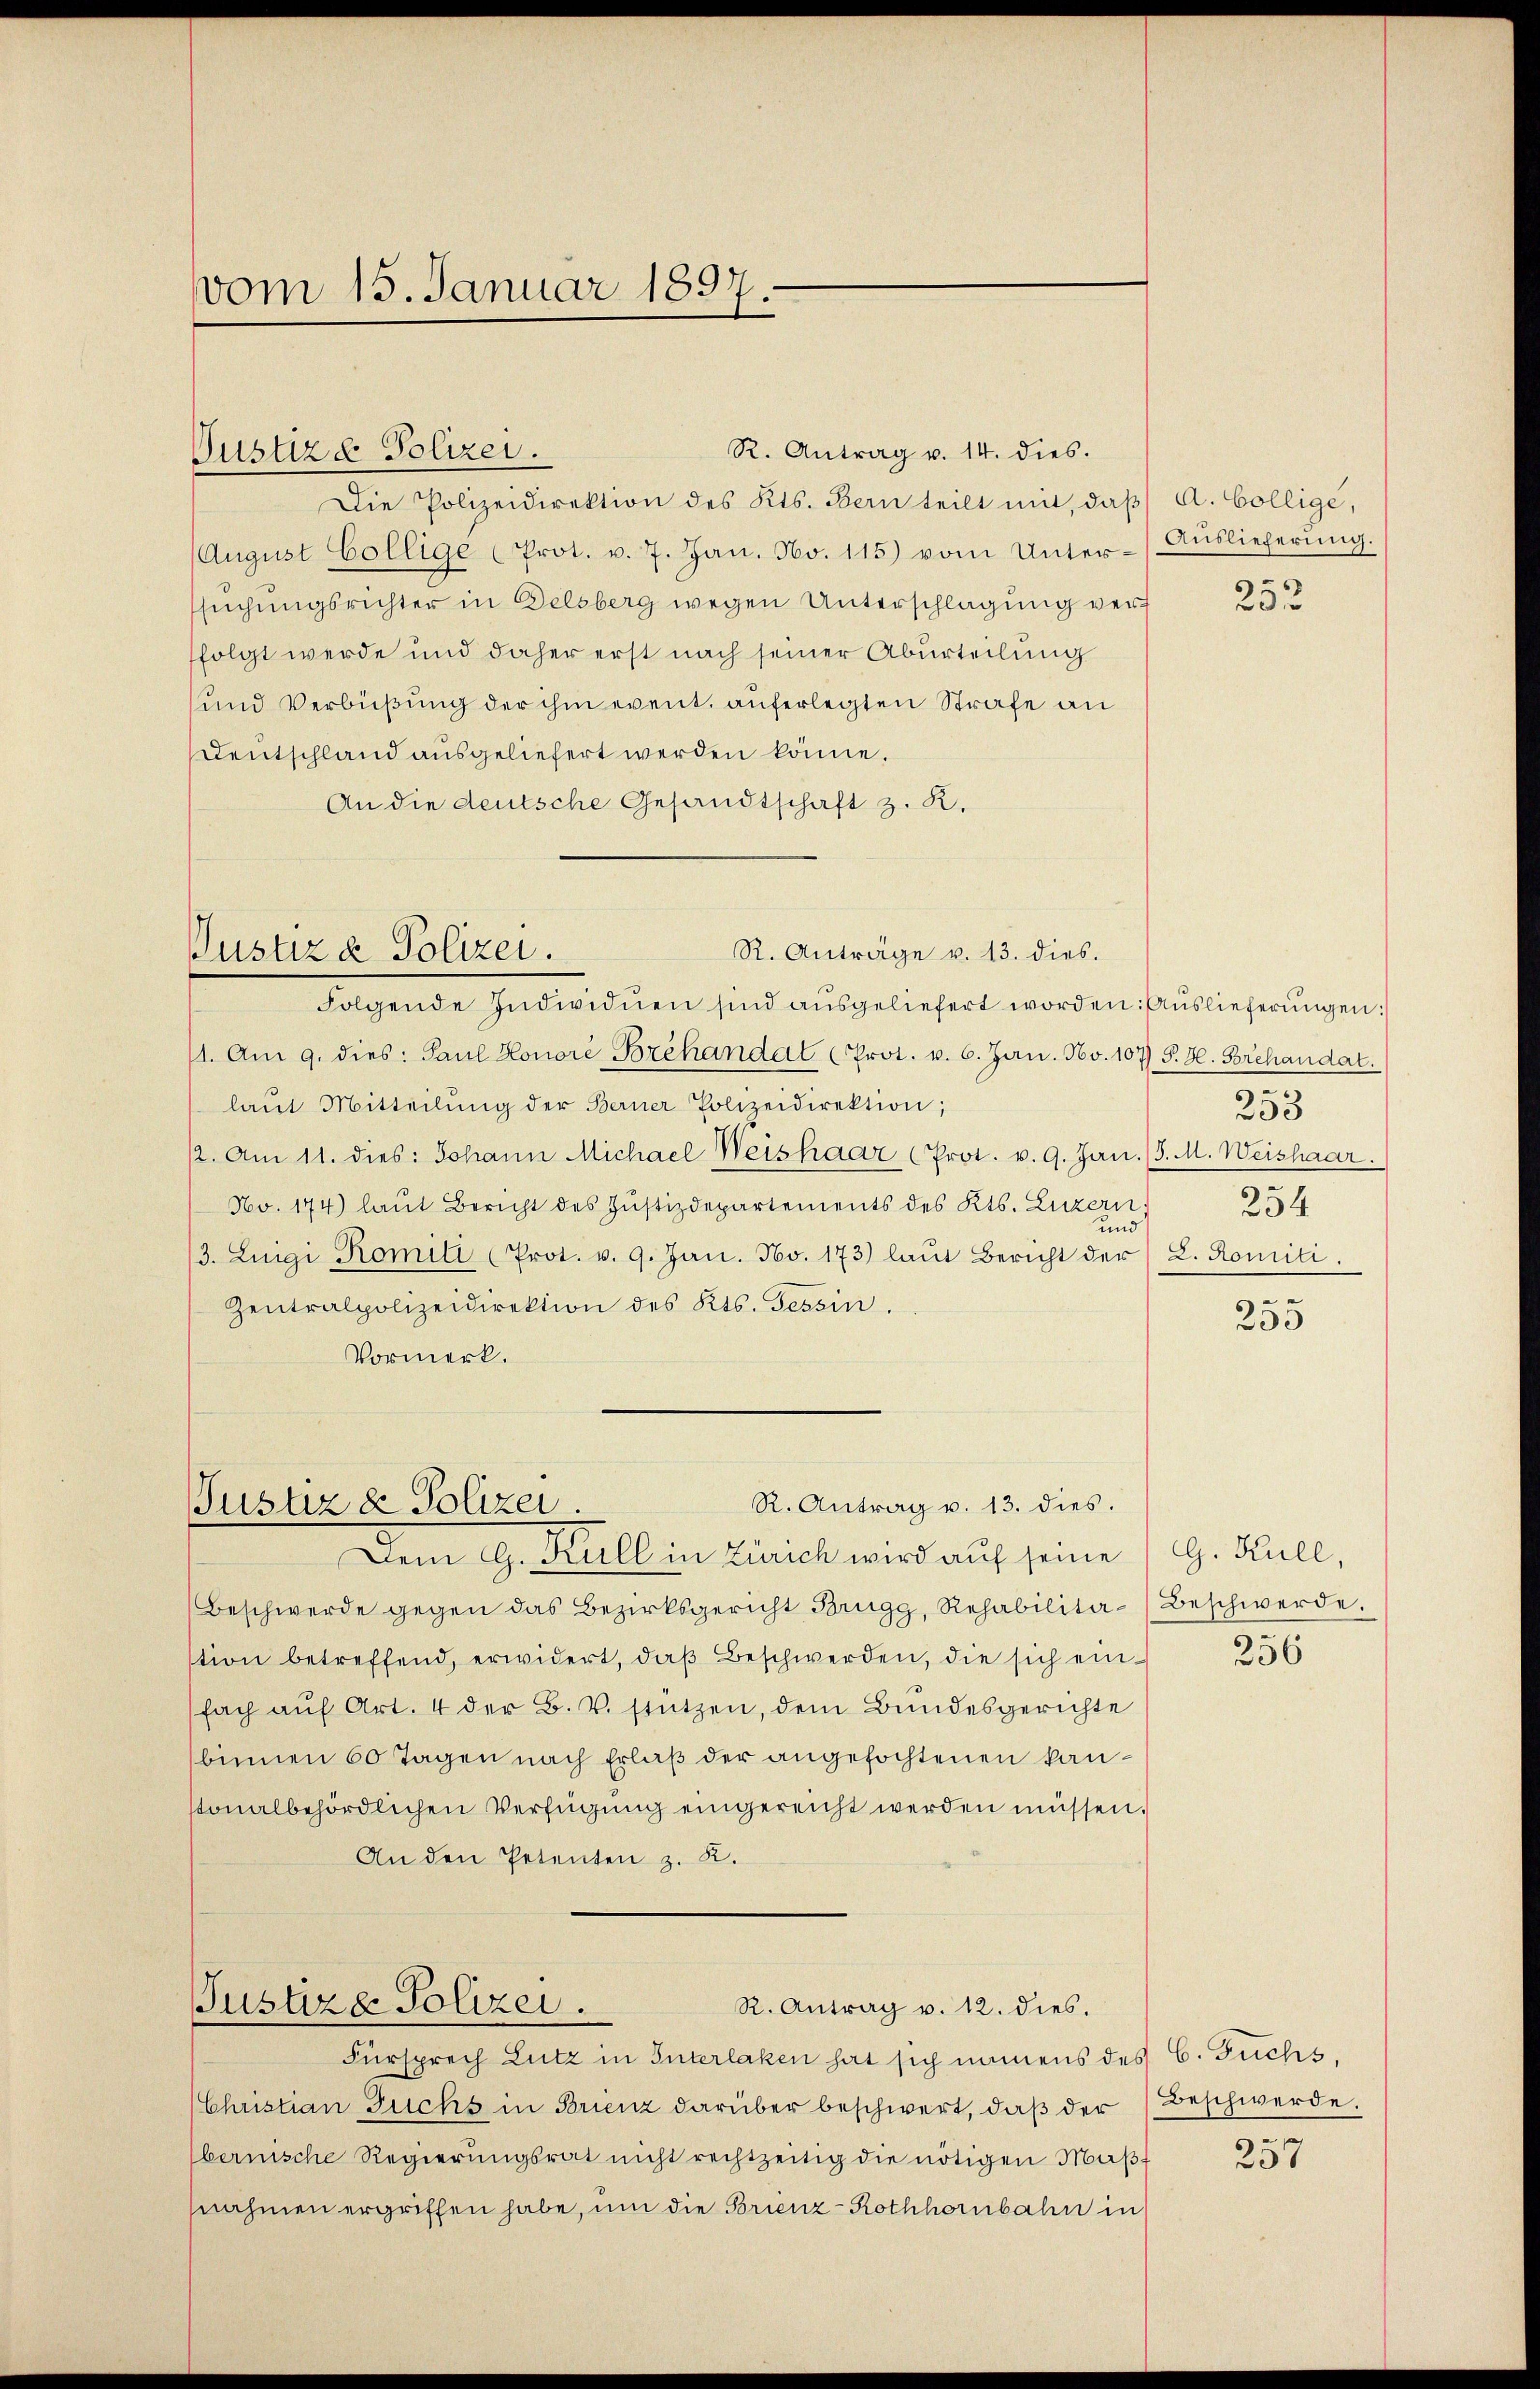
vom 15. Januar 1897.

Justizd Polizei.

R. Antrag v. 14. dies.
Die Polizeidirektion des Kts. Bern teilt mit, daβ A. Bollige,
(August Collige Prot. v. 7. Jan. No. 115) vom Unter-Aŭslieferŭng.
ssuchungsrichter in Delsberg wegen Unterschlagung verfolgt werde und daher erst nach seiner Aburteilung
und Verbüßung der ihm event. auferlegten Strafe an
Deutschland ausgeliefert werden könne.
An die deutsche Gesandtschaft z. R.

R. Anträge v. 13. dies.
Pustiz & Polizei.

Folgende Individuen sind aŭsgeliefert worden: Auslieferŭngen:
11. Am 9. dies: Paul Honore Prehandat Prot. v. 6. Jan. Nov. 107) S. H. Forchaudat.
laŭt Mitteilŭng der Berner Polizeidirektion;
12. Am 11. dies: Johann Michael Weishaar (Prot. v. 9. Jan. (S. M. Weishaar.
No. 174) laut Bericht des Justizdepartements des Kts. Luzern
/3. Luigi Romili (Prot. v. 9. Jan. No. 173) laŭt Bericht der L. Komiti.
Zentralpolizeidirektion des Kts. Tessin.
Vormerk.

R. Antrag v. 13. dies.
Justiz & Polizei.
Dem G. Hall in Zürich wird auf seine (G. Hull,

Beschwerde gegen das Bezirksgericht Brugg, Rehabilita-Beschwerde.
stion betreffend, erwidert, daß Beschwerden, die sich einfach aŭf Art. 4 der B. V. stützen, dem Bundesgerichte
binnen 60 Tagen nach Erlaβ der angefochtenen kanstonalbehördlichen Verfügung eingereicht werden müssen.
An den Petenten z. K.
Justiz & Polizei.
R. Antrag v. 12. dies.

252

Fürsprech Lutz in Interlaken hat sich namens des C. Fuchs,
Christian Fuchs in Brienz darüber beschwert, daß der
bernische Regierŭngsrat nicht rechtzeitig die nötigen Maβ-
nahmen ergriffen habe, um die Brienz-Rothhornbahn in

253
254
und

255

256

Beschwerde.
257